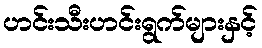
ဟင်းသီးဟင်းရွက်များနှင့်